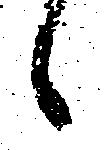
候